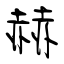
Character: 赫